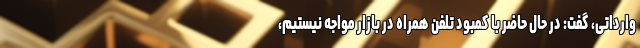
وارداتی، گفت: در حال حاضر با کمبود تلفن همراه در بازار مواجه نیستیم،